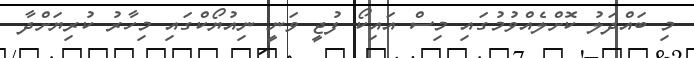
މި ބައްދަލު ކޮށްލެއްވުމުގައި މިސް އައިކޯ ފުޖީ ވަނީ ނިއުޔޯކްގައި މިހާރު ކުރިޔަށްދާ